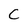
Character: C